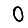
Digit: 0